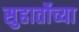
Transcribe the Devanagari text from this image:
सुहार्तोच्या